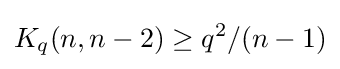
K_{q}(n,n-2)\geq q^{2}/(n-1)